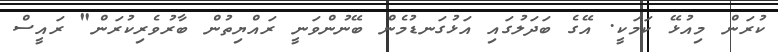
ކުރަން މިއުޅޭ ކަމަކީ. އޭގެ ބަދަލުގައި އަޅުގަނޑުމެން ބޭނުންވަނީ ރައްޔިތުން ބާރުވެރިކުރަން" ރައީސް